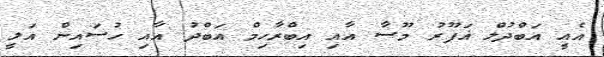
އެއީ އަބްދުލް ޣަފޫރު މޫސާ އާއި އިބްރާހިމް އަބްދު އާއި ހުސައިން އަލީ